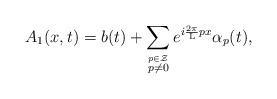
LaTeX: \begin{align*}A_1(x,t) =b(t) + \sum_{\stackrel{p \in \cal Z}{p \neq 0}}e^{i\frac{2\pi}{\rm L} px} {\alpha}_p(t),\end{align*}